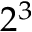
2 ^ { 3 }